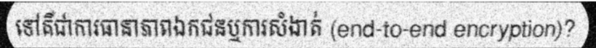
ទៅគឺជាការធានាភាពឯកជនឬការសំងាត់ (end-to-end encryption)?